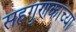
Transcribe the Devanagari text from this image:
सहगुणकाच्या